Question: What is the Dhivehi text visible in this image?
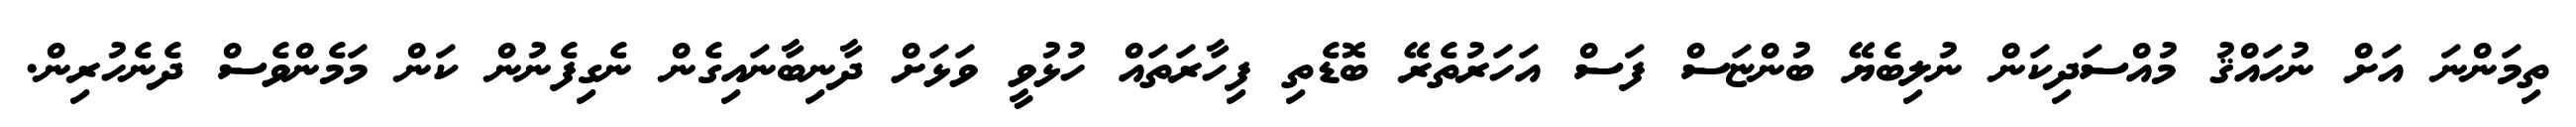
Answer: ތިމަންނަ އަށް ނުހައްޤު މުއްސަދިކަން ނުލިބެޔޭ ބުންޏަސް ފަސް އަހަރުތެރޭ ބޮޑެތި ފިހާރަތައް ހުޅުވީ ވަޅަށް ދާނިބާނައިގެން ނެގިފެނުން ކަން މަމެންވެސް ދެނެހުރިން.